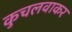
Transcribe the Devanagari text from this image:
कुचलवाकर